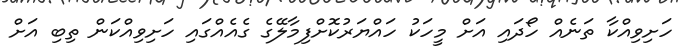
ހަށިވިއްކާ ތަނެއް ހޯދައި އަށް މީހަކު ހައްޔަރުކޮށްފިމާލޭގެ ގެއެއްގައި ހަށިވިއްކަން ތިބި އަށް